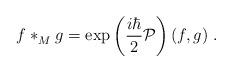
LaTeX: \begin{align*}f\ast^{}_{M}g=\exp\left(\frac{i\hbar}{2}{\cal P}\right)(f,g)\; .\end{align*}